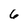
Character: 6